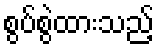
စွပ်စွဲထားသည့်